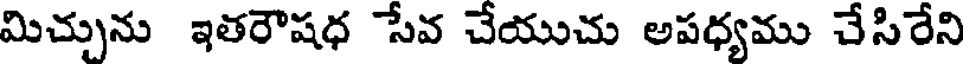
మిచ్చును ఇతరౌషధ సేవ చేయుచు అపధ్యము చేసిరేని